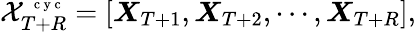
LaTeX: \mathcal X_{T+R}^{\mathrm{~\scriptsize~c~y~c~}}=\left[\begin{array}{l}{\boldsymbol X_{T+1},\boldsymbol X_{T+2},\cdots,\boldsymbol X_{T+R}}\end{array}\right],